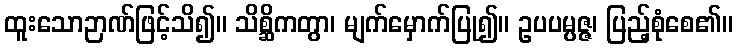
ထူးသောဉာဏ်ဖြင့်သိ၍။ သိစ္ဆိကတွာ၊ မျက်မှောက်ပြု၍။ ဥပပမ္ပဇ္ဇ၊ ပြည့်စုံစေ၏။